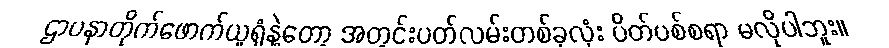
ဌာပနာတိုက်ဖောက်ယူရုံနဲ့တော့ အတွင်းပတ်လမ်းတစ်ခုလုံး ပိတ်ပစ်စရာ မလိုပါဘူး။